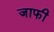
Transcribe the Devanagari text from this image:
जाफी